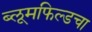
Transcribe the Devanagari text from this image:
ब्लूमफिल्डचा